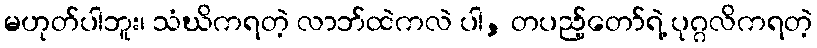
မဟုတ်ပါဘူး၊ သံဃိကရတဲ့ လာဘ်ထဲကလဲ ပါ, တပည့်တော်ရဲ့ ပုဂ္ဂလိကရတဲ့